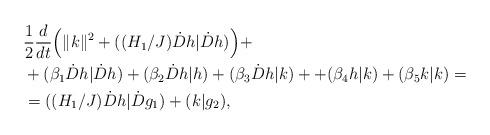
LaTeX: \begin{align*}&\frac{1}{2}\frac{d}{dt}\Big(\|k\|^2+((H_1/J)\dot{D}h|\dot{D}h)\Big) +\\&+(\beta_1\dot{D}h|\dot{D}h)+(\beta_2\dot{D}h|h)+(\beta_3\dot{D}h|k)++(\beta_4h|k)+(\beta_5k|k)= \\&=((H_1/J)\dot{D}h|\dot{D}g_1)+(k|g_2), \end{align*}